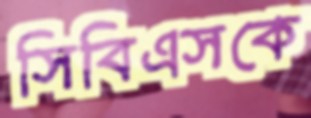
সিবিএসকে